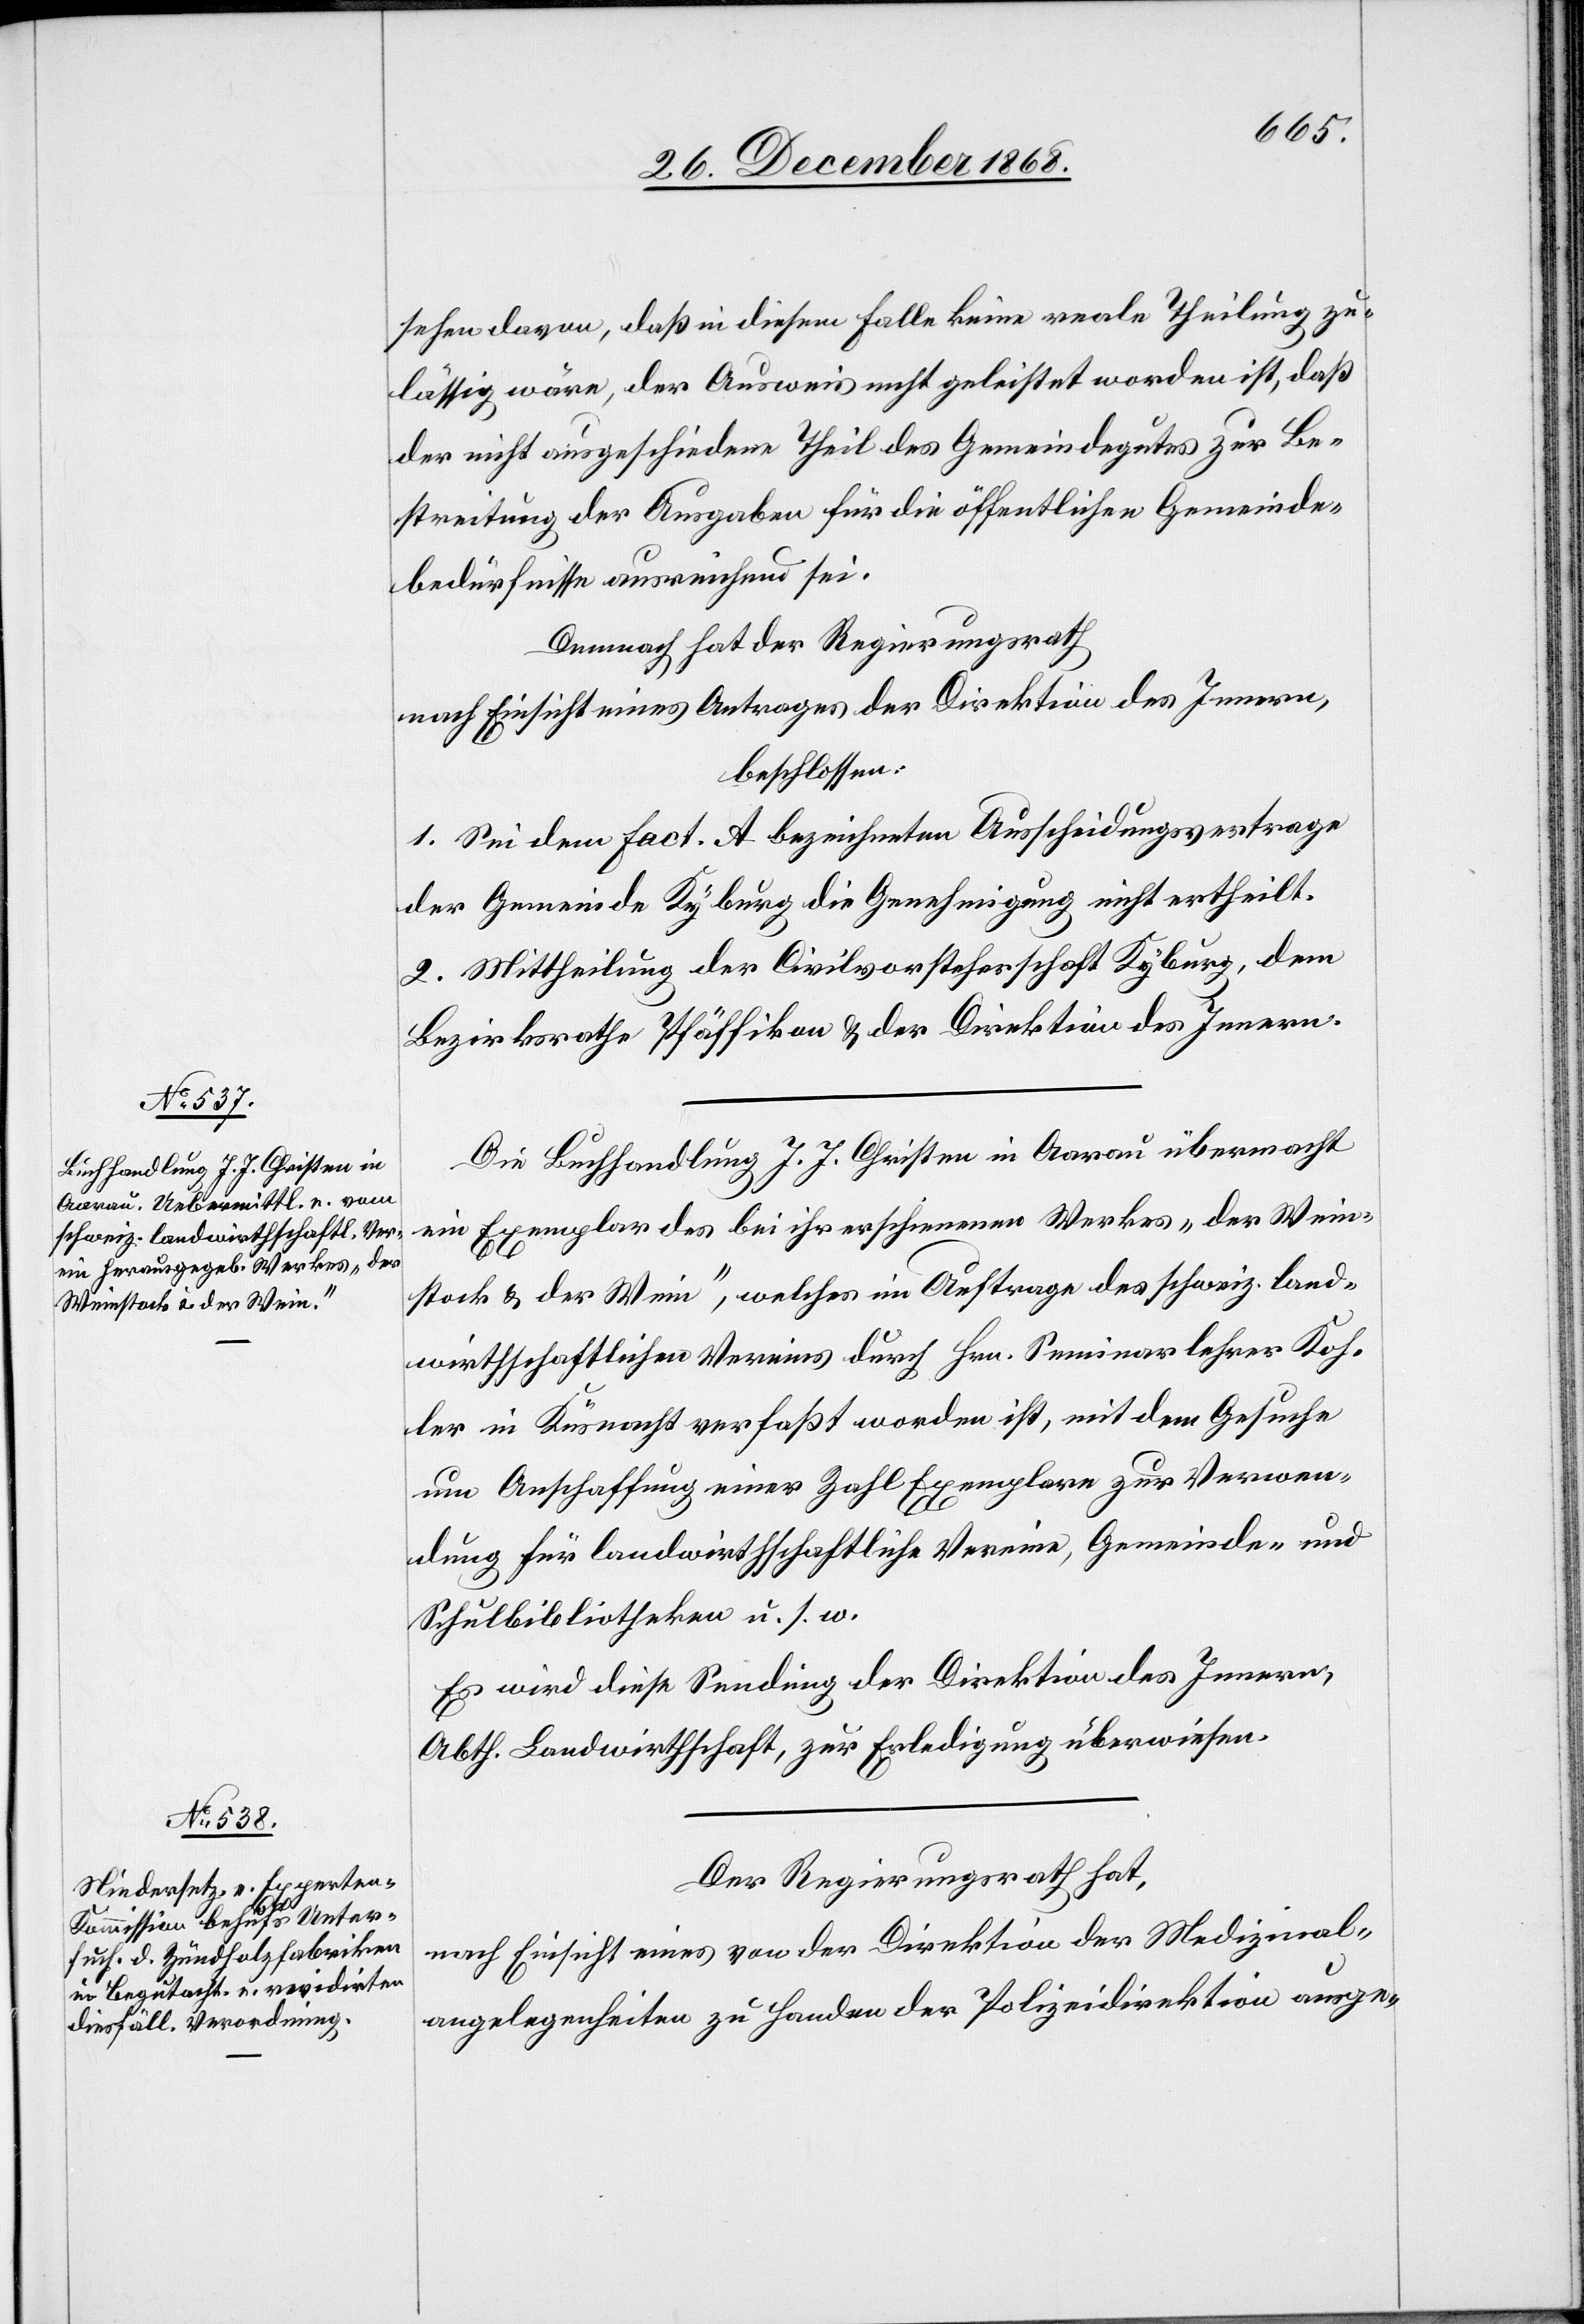
sehen davon, daß in diesem Falle keine reale Theilung zu¬
lässig wäre, der Ausweis nicht geleistet worden ist, daß
der nicht ausgeschiedene Theil des Gemeindegutes zur Be¬
streitung der Ausgaben für die öffentlichen Gemeinde¬
bedürfnisse ausreichend sei.
Demnach hat der Regierungsrath
nach Einsicht eines Antrages der Direktion des Innern,
beschlossen:
1. Sei dem Fact. A bezeichneten Ausscheidungsvertrage
der Gemeinde Kyburg die Genehmigung nicht ertheilt.
2. Mittheilung der Civilvorsteherschaft Kyburg, dem
Bezirksrathe Pfäffikon & der Direktion des Innern.
Die Buchhandlung J. J. Christen in Aarau übermacht
ein Exemplar des bei ihr erschienenen Werkes „der Wein¬
stock & der Wein“, welches im Auftrage des schweiz. land¬
wirthschaftlichen Vereins durch Hrn. Seminarlehrer Koh¬
ler in Küsnacht verfaßt worden ist, mit dem Gesuche
um Anschaffung einer Zahl Exemplare zur Verwen¬
dung für landwirthschaftliche Vereine, Gemeinde- und
Schulbibliotheken u. s. w.
Es wird diese Sendung der Direktion des Innern,
Abth. Landwirthschaft, zur Erledigung überwiesen.
Der Regierungsrath hat,
nach Einsicht eines von der Direktion der Medizinal¬
angelegenheiten zu Handen der Polizeidirektion ausge-